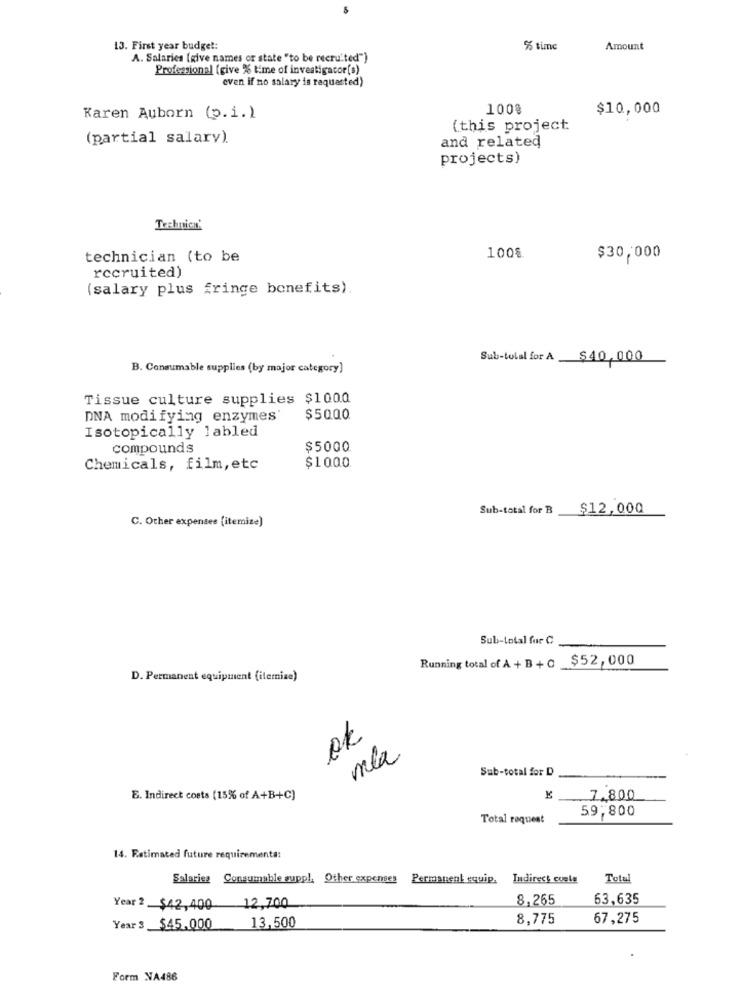
13. First year budget:
% time
Amount
A. Salaries [give names or state "to be recruited")
Professional (give % time of investigacor[s)
even if no salary is requested)
1008
$10,000
Karen Auborn (p.i.)
(this project
(partial salarv).
and related
projects)
Technica'
technician (to be
100%
$30,000
recruited)
(salary plus fringe benefits).
Sub-total for A $40.000
B. Consumable supplies (by major category]
Tissue culture supplies $1000
DNA modifying enzymes'
$50.00
Isotopically labled
compounds
$5000
$1000
Chemicals, film, etc
Sub-total for B
$12,000
C. Other expenses [itemize)
Sub-total for C
Running total of A + B + C $52, 000
D. Permanent equipment (itemize)
ok
mla
Sub-total for D
E. Indirect costs (15% of A+B+C]
7,800
59,800
Total request
14. Estimated future requirements:
Salaries Consumable suppl, Other expenses
Permanent equip. Indirect cuala
Total
8.265
63,635
Year 2 $42,400 12,700
13,500
8,775
67,275
Year 3 $45.000
Form NA486